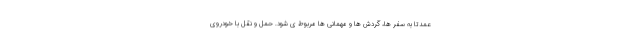
عمدتا به سفر ها، گردش ها و مهمانی ها مربوط ی شود. حمل و نقل با خودروی